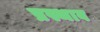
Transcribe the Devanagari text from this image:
प्रस्थाव